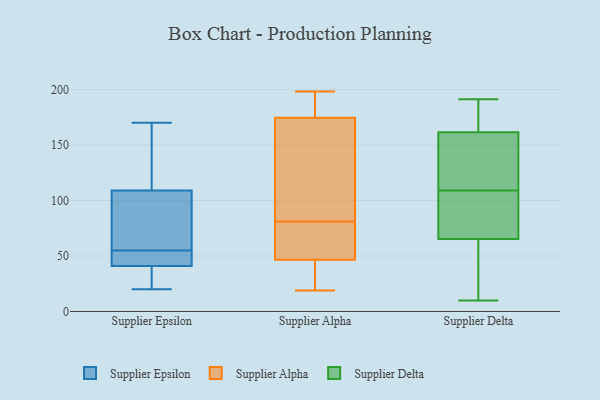
{"axis": {"x": "Page Views", "y": "Value"}, "legend": ["Supplier Alpha", "Supplier Delta", "Supplier Epsilon"], "data": [{"x": "", "y": 43, "type": "Supplier Epsilon"}, {"x": "", "y": 164, "type": "Supplier Epsilon"}, {"x": "", "y": 27, "type": "Supplier Epsilon"}, {"x": "", "y": 41, "type": "Supplier Epsilon"}, {"x": "", "y": 43, "type": "Supplier Epsilon"}, {"x": "", "y": 67, "type": "Supplier Epsilon"}, {"x": "", "y": 89, "type": "Supplier Epsilon"}, {"x": "", "y": 170, "type": "Supplier Epsilon"}, {"x": "", "y": 109, "type": "Supplier Epsilon"}, {"x": "", "y": 20, "type": "Supplier Epsilon"}, {"x": "", "y": 76, "type": "Supplier Alpha"}, {"x": "", "y": 32, "type": "Supplier Alpha"}, {"x": "", "y": 195, "type": "Supplier Alpha"}, {"x": "", "y": 84, "type": "Supplier Alpha"}, {"x": "", "y": 60, "type": "Supplier Alpha"}, {"x": "", "y": 33, "type": "Supplier Alpha"}, {"x": "", "y": 177, "type": "Supplier Alpha"}, {"x": "", "y": 141, "type": "Supplier Alpha"}, {"x": "", "y": 19, "type": "Supplier Alpha"}, {"x": "", "y": 172, "type": "Supplier Alpha"}, {"x": "", "y": 198, "type": "Supplier Alpha"}, {"x": "", "y": 78, "type": "Supplier Alpha"}, {"x": "", "y": 83, "type": "Supplier Delta"}, {"x": "", "y": 166, "type": "Supplier Delta"}, {"x": "", "y": 81, "type": "Supplier Delta"}, {"x": "", "y": 26, "type": "Supplier Delta"}, {"x": "", "y": 152, "type": "Supplier Delta"}, {"x": "", "y": 160, "type": "Supplier Delta"}, {"x": "", "y": 179, "type": "Supplier Delta"}, {"x": "", "y": 57, "type": "Supplier Delta"}, {"x": "", "y": 10, "type": "Supplier Delta"}, {"x": "", "y": 147, "type": "Supplier Delta"}, {"x": "", "y": 109, "type": "Supplier Delta"}, {"x": "", "y": 191, "type": "Supplier Delta"}, {"x": "", "y": 68, "type": "Supplier Delta"}]}